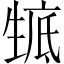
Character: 𤯰